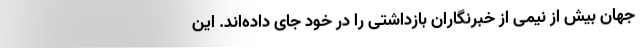
جهان بیش از نیمی از خبرنگاران بازداشتی را در خود جای داده‌اند. این